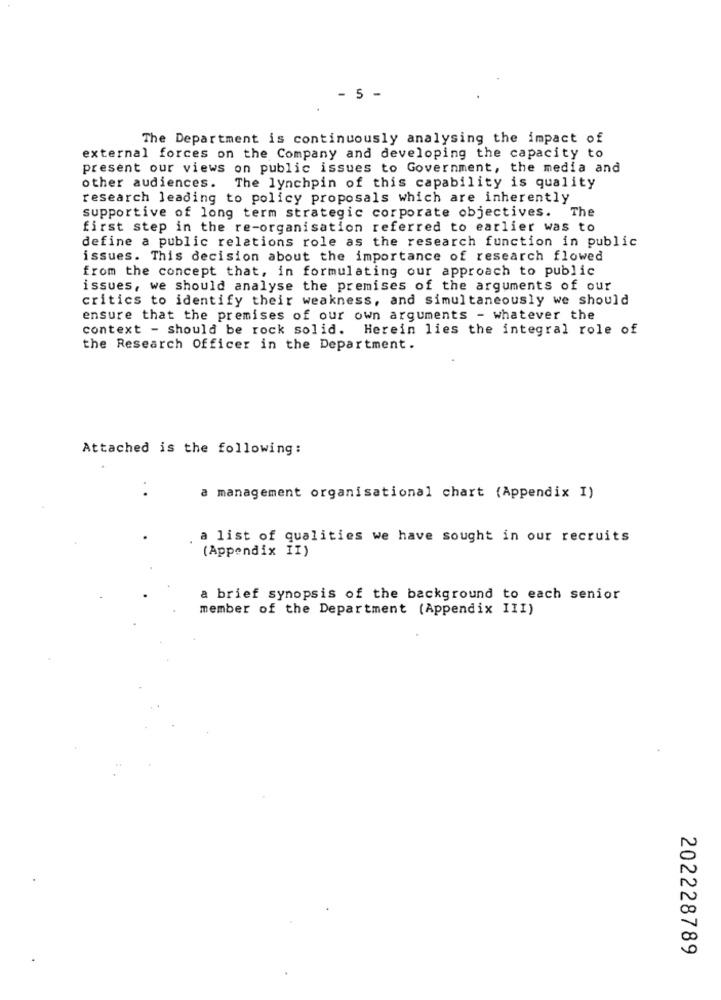
- 5 -
The Department is continuously analysing the impact of
external forces on the Company and developing the capacity to
present our views on public issues to Government, the media and
other audiences.
The lynchpin of this capability is quality
research leading to policy proposals which are inherently
supportive of long term strategic corporate objectives. The
first step in the re-organisation referred to earlier was to
define a public relations role as the research function in public
issues. This decision about the importance of research flowed
from the concept that, in formulating our approach to public
issues, we should analyse the premises of the arguments of our
critics to identify their weakness, and simultaneously we should
ensure that the premises of our own arguments - whatever the
context - should be rock solid. Herein lies the integral role of
the Research Officer in the Department.
Attached is the following:
a management organisational chart (Appendix I)
a list of qualities we have sought in our recruits
(Appendix II)
a brief synopsis of the background to each senior
member of the Department (Appendix III)
202228789